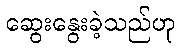
ဆွေးနွေးခဲ့သည်ဟု